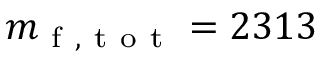
m _ { \mathrm { ~ f ~ , ~ t ~ o ~ t ~ } } = 2 3 1 3